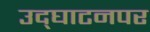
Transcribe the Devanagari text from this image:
उद्‌घाटनपर